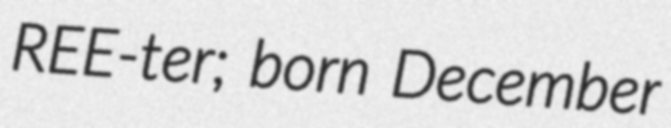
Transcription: REE-ter; born December